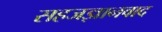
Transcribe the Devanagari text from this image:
सहजज्ञानवाद